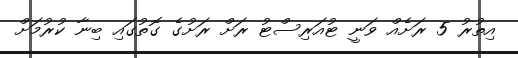
އިތުރު 5 ރަށެއް ވަނީ ޓުއަރިސްޓު ރަށް ރަށުގެ ގޮތުގައި ބިނާ ކުރުމަށް